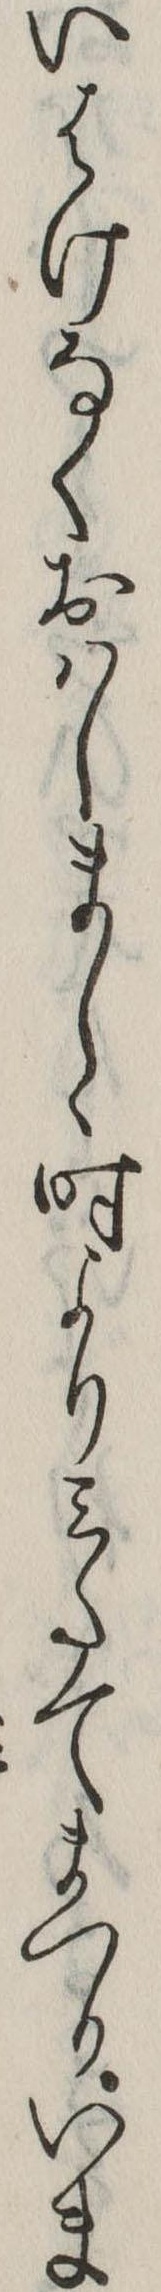
いはけなくおはしましゝ時よりみたてまつりいま